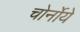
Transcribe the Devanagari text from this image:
चोर्नोये